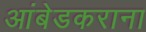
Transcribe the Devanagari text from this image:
आंबेडकराना